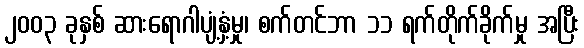
၂၀၀၃ ခုနှစ် ဆားရောဂါပျံ့နှံ့မှု၊ စက်တင်ဘာ ၁၁ ရက်တိုက်ခိုက်မှု အပြီး